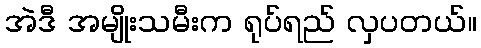
အဲဒီ အမျိုးသမီးက ရုပ်ရည် လှပတယ်။